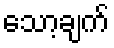
သော့ချက်